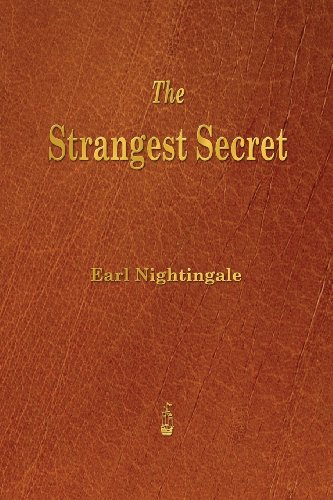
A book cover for The Strangest Secret; Earl Nightingale; Religion & Spirituality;